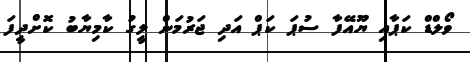
ވޯލްޑް ކަޕާއި ޔޫއޭފާ ސުޕަ ކަޕް އަދި ޖަރުމަން ލީގު ކާމިޔާބު ކޮށްދީފަ